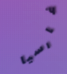
غارسيا